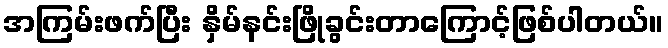
အကြမ်းဖက်ပြီး နှိမ်နင်းဖြိုခွင်းတာကြောင့်ဖြစ်ပါတယ်။